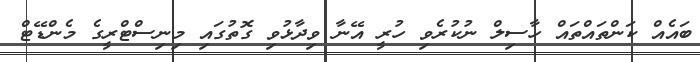
ބައެއް ކަންތައްތައް ހާސިލް ނުކުރެވި ހުރީ އޭނާ ވިދާޅުވި ގޮތުގައި މިނިސްޓްރީގެ މެންޑޭޓް